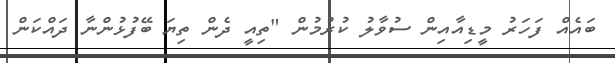
ބައެއް ފަހަރު މީޑިއާއިން ސުވާލު ކުރުމުން "ތިއީ ދެން ތިޔަ ބޭފުޅުންނާ ދައްކަން